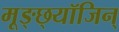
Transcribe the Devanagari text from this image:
मूङ्छ्यॉजिन्